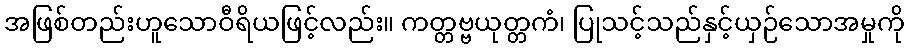
အဖြစ်တည်းဟူသောဝီရိယဖြင့်လည်း။ ကတ္တဗ္ဗယုတ္တကံ၊ ပြုသင့်သည်နှင့်ယှဉ်သောအမှုကို